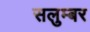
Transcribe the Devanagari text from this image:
सलुम्‍बर